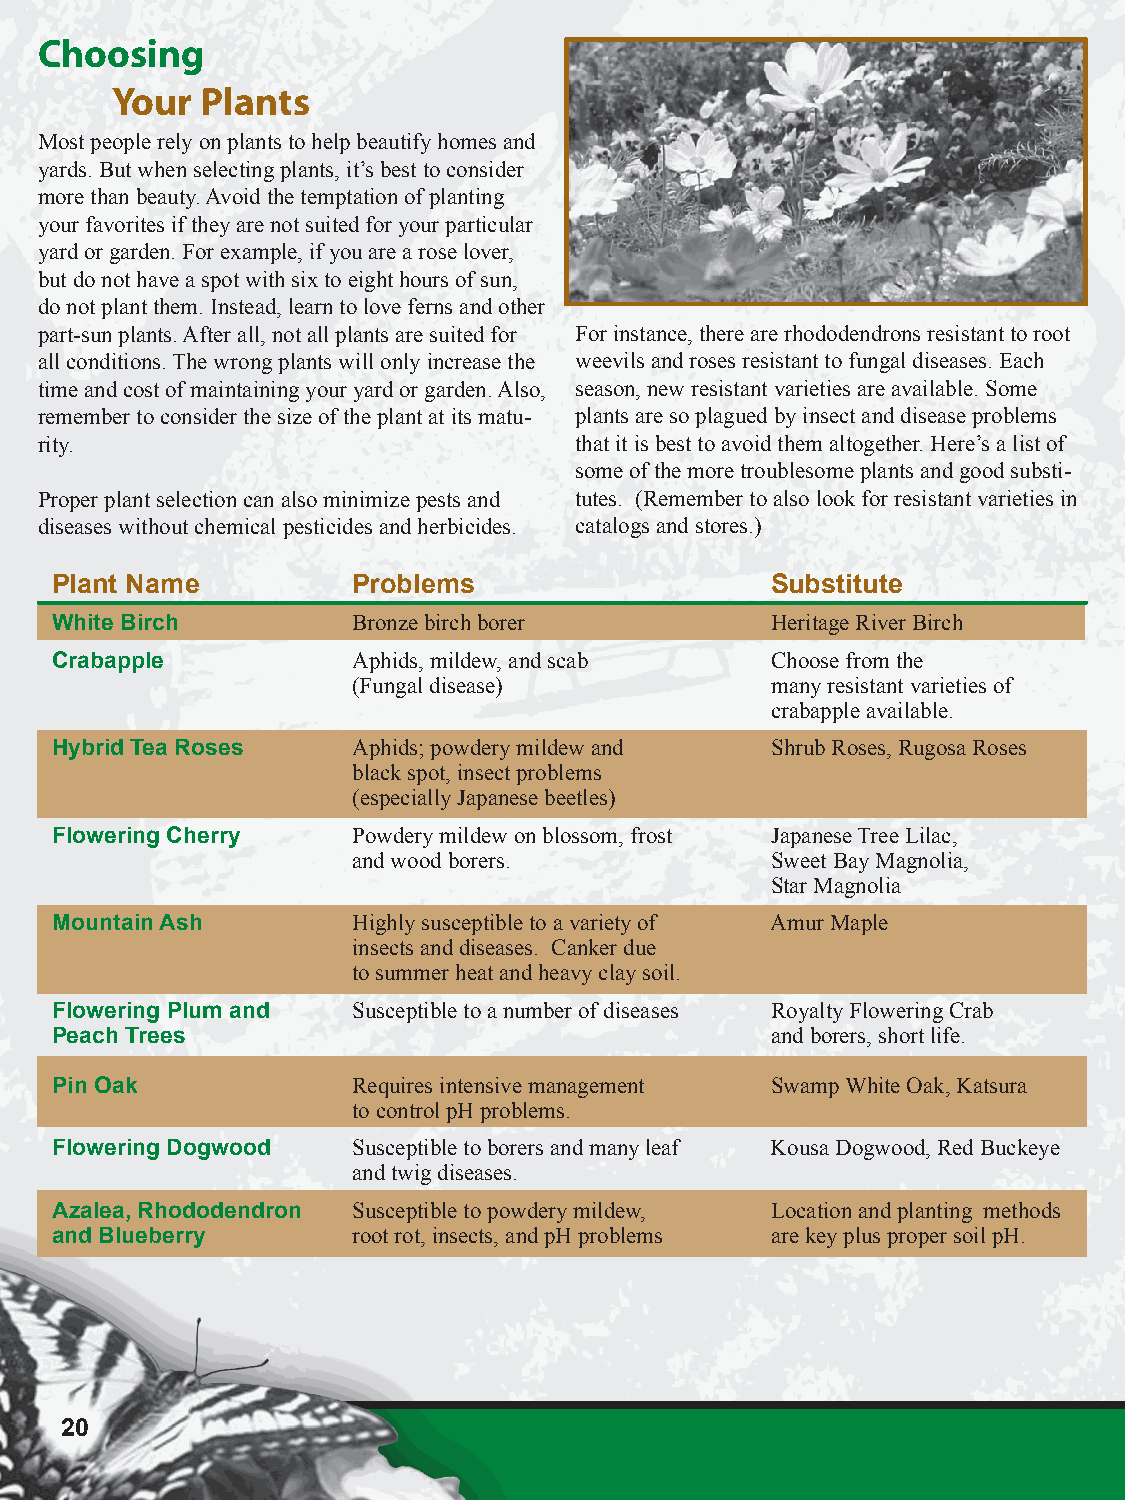
Choosing
 Your  Plants
 Most people rely on plants to help beautify homes and
 yards. But when selecting plants, it’s best to consider
 more than beauty. Avoid the temptation of planting
 your favorites if they are not suited for your particular
 yard or garden. For example, if you are a rose lover,
 but do not have a spot with six to eight hours of sun,
 do not plant them. Instead, learn to love ferns and other
 part-sun plants. After all, not all plants are suited for For instance, there are rhododendrons resistant to root
 all conditions. The wrong plants will only increase the weevils and roses resistant to fungal diseases. Each
 time and cost of maintaining your yard or garden. Also, season, new resistant varieties are available. Some
 remember to consider the size of the plant at its matu- plants are so plagued by insect and disease problems
 rity.                               that it is best to avoid them altogether. Here’s a list of
 some of the more troublesome plants and good substi-
 Proper plant selection can also minimize pests and tutes. (Remember to also look for resistant varieties in
 diseases without chemical pesticides and herbicides. catalogs and stores.)
 Plant Name          Problems                    Substitute
 White Birch         Bronze birch borer          Heritage River Birch
 Crabapple           Aphids, mildew, and scab    Choose from the
 (Fungal disease)            many resistant varieties of
 crabapple available.
 Hybrid Tea Roses    Aphids; powdery mildew and  Shrub Roses, Rugosa Roses
 black spot, insect problems
 (especially Japanese beetles)
 Flowering Cherry    Powdery mildew on blossom, frost Japanese Tree Lilac,
 and wood borers.            Sweet Bay Magnolia,
 Star Magnolia
 Mountain Ash        Highly susceptible to a variety of Amur Maple
 insects and diseases. Canker due
 to summer heat and heavy clay soil.
 Flowering Plum and  Susceptible to a number of diseases Royalty Flowering Crab
 Peach Trees                                     and borers, short life.
 Pin Oak             Requires intensive management Swamp White Oak, Katsura
 to control pH problems.
 Flowering Dogwood   Susceptible to borers and many leaf Kousa Dogwood, Red Buckeye
 and twig diseases.
 Azalea, Rhododendron Susceptible to powdery mildew, Location and planting methods
 and Blueberry       root rot, insects, and pH problems are key plus proper soil pH.
 20